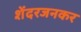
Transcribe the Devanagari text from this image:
शेंदरजनकर